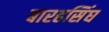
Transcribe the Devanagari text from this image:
बारहसिंघ